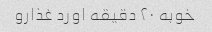
خوبه ۲۰ دقیقه اورد غذارو